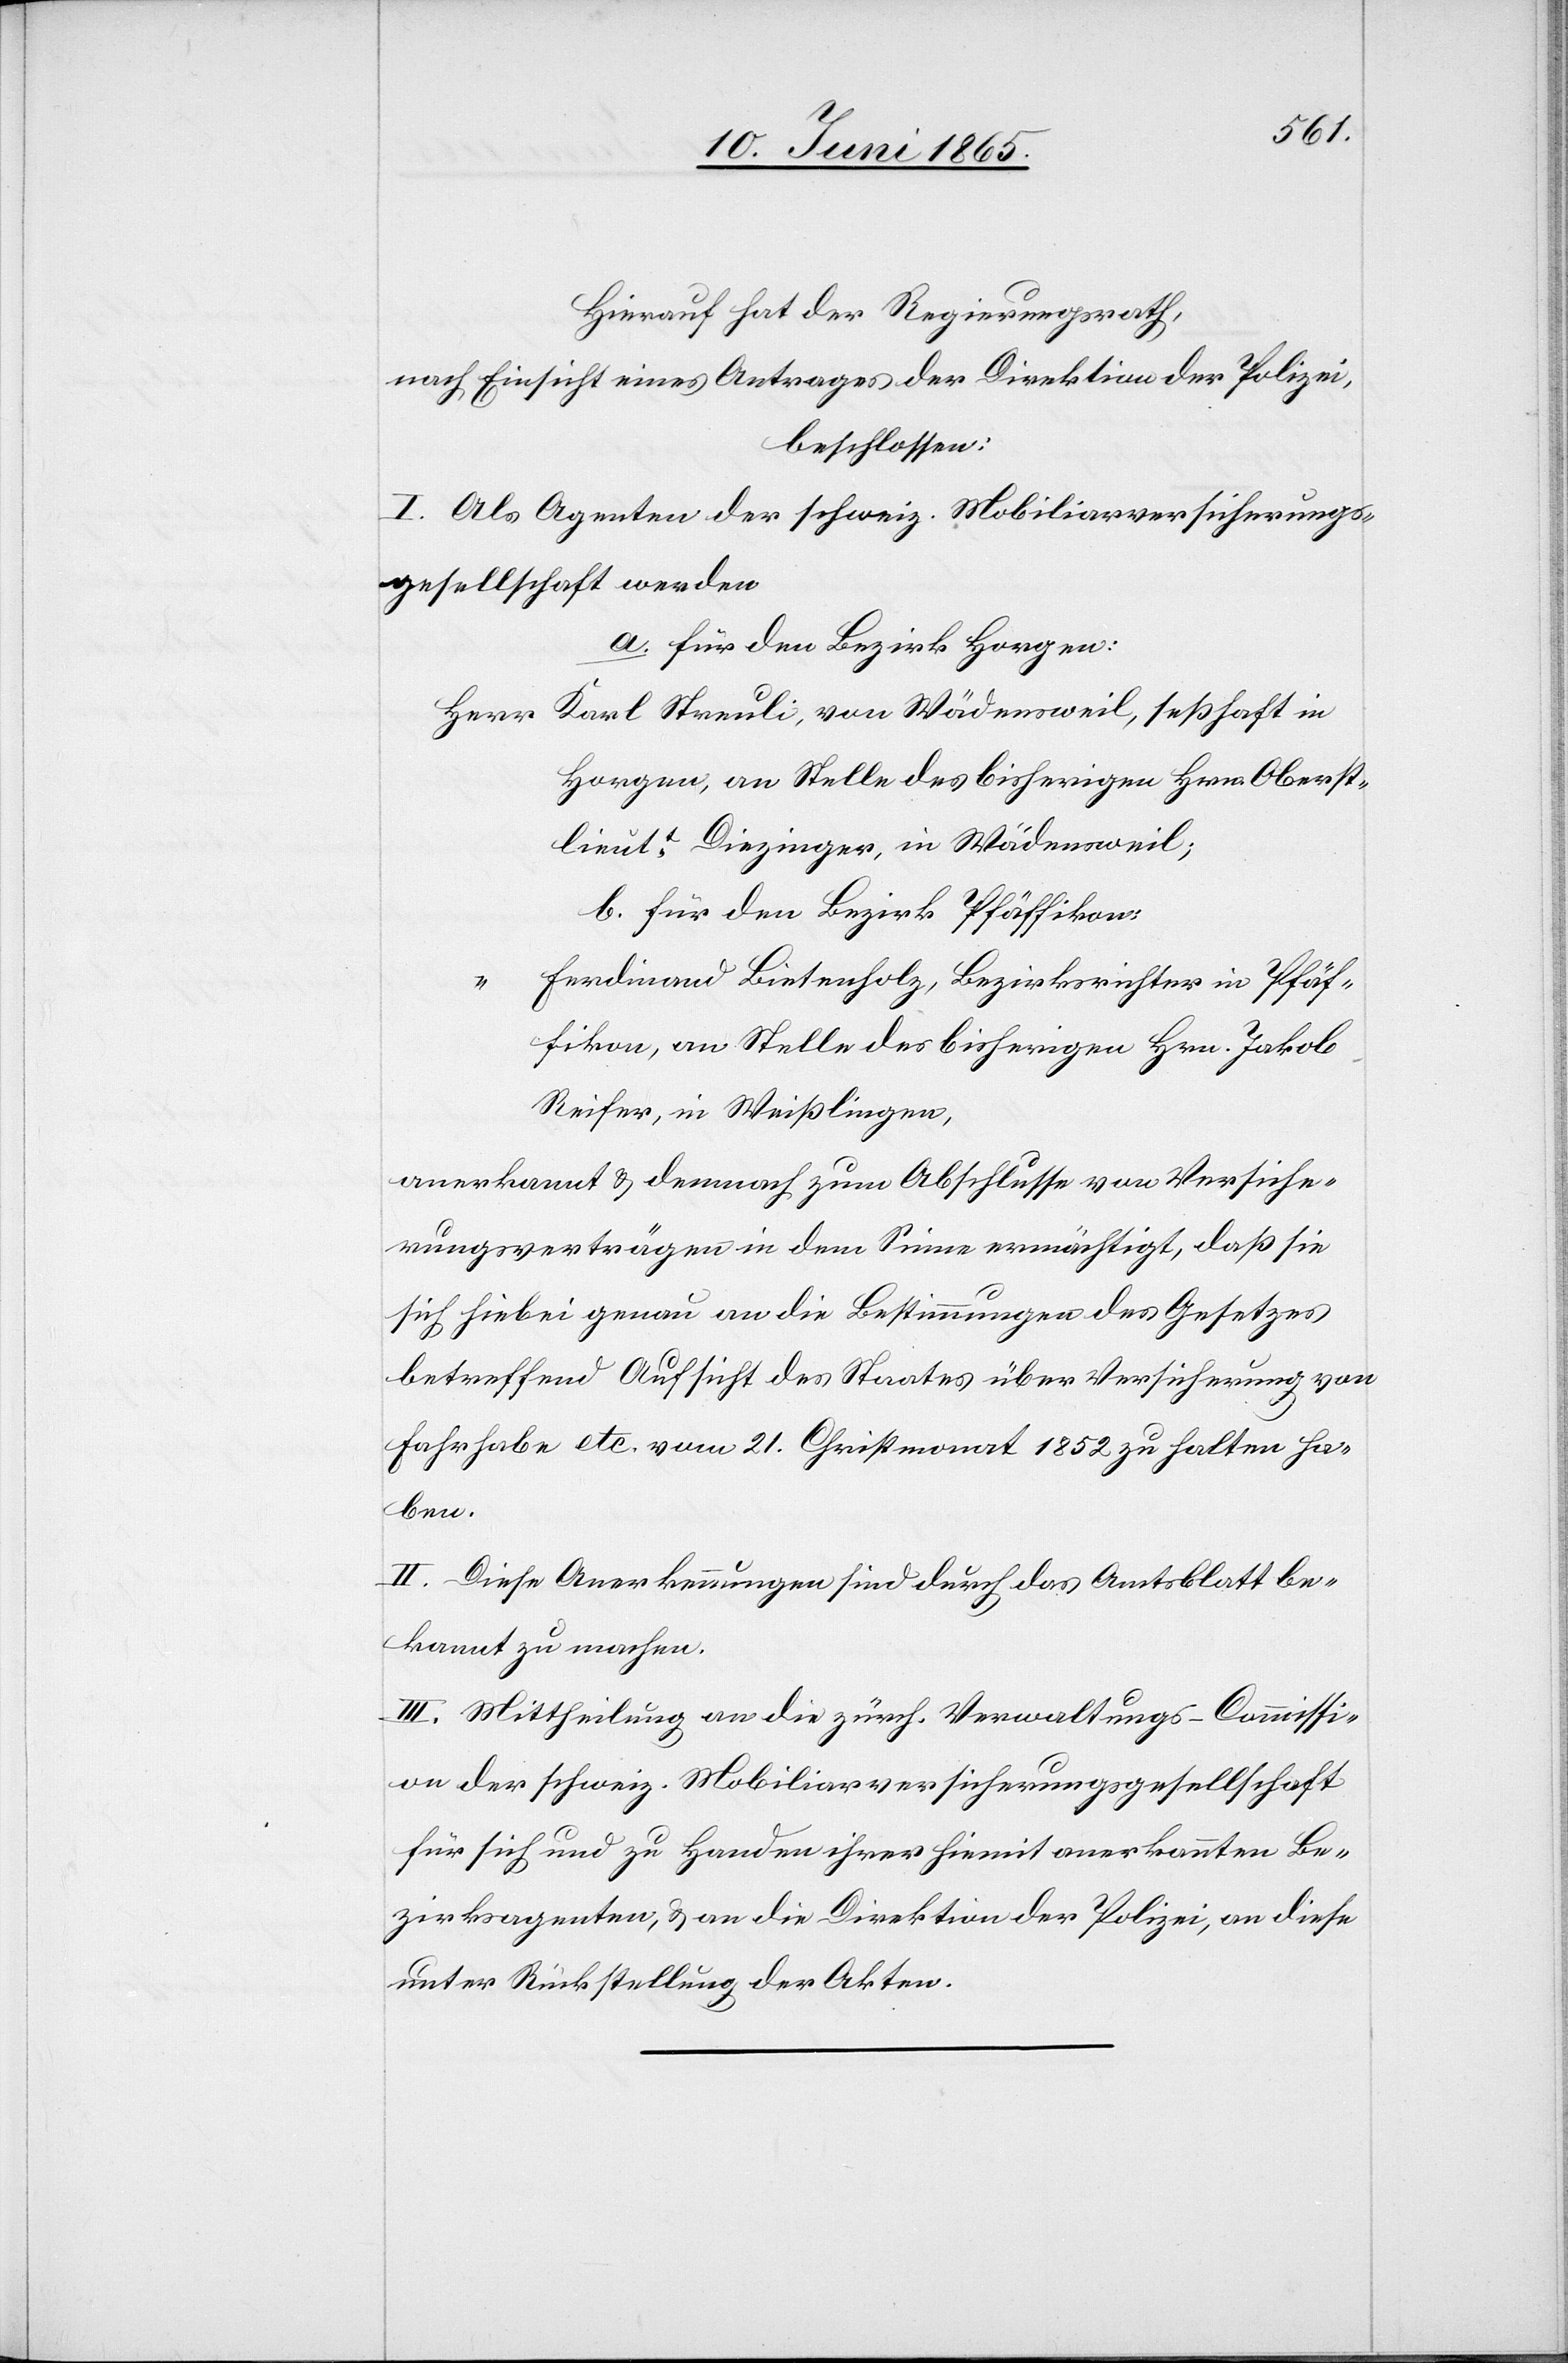
“		F¬
Hieruaf hat der Regierungsrath,
nach Einsicht eines Antrages der Direktion der Polizei,
beschlossen:
I. Als Agenten der schweiz. Mobiliarversicherungs¬
gesellschaft werden
a. für den Bezirk Horgen:
Herr	Karl Streuli, von Wädensweil, seßhaft in
Horgen, an Stelle des bisherigen Hrn. Oberst¬
lieutt Diezinger, in Wädensweil;
erdinand Bietenholz, Bezirksrichter in Pfäf¬
fikon, an Stelle des bisherigen Hrn. Jakob
Reifer, in Weißlingen,
anerkannt & darauf zum Abschlusse von Versiche¬
rungsverträgen in dem Sinne ermächtigt, daß sie
sich hiebei genau an die Bestimmungen des Gesetzes
betreffend Aufsicht des Staates über Versicherung von
Fahrhabe etc. vom 21. Christmonat 1852 zu halten ha¬
ben.
II. Diese Anerkennungen sind durch das Amtsblatt be¬
kannt zu machen.
III. Mittheilung an die zürch. Verwaltungs-Commissi¬
on der schweiz. Mobiliarversicherungsgesellschaft
für sich und zu Handen ihrer hiemit anerkannten Be¬
zirkagenten, & an die Direktion der Polizei, an diese
unter Rückstellung der Akten.